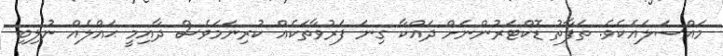
މައްސަލައެކެވެ. ތަފާތު ޑޮކްޓަރުންނަށް ދައްކާ ގިނަ ފަރުވާތަކެއް ކުރިނަމަވެސް ދާއިމީ ޙައްލެއް ނުލިބި